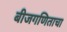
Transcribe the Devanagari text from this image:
बीजगणिताचा